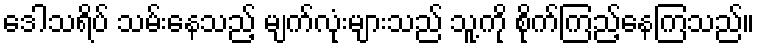
ဒေါသရိပ် သမ်းနေသည့် မျက်လုံးများသည် သူ့ကို စိုက်ကြည့်နေကြသည်။